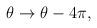
LaTeX: \begin{align*}\theta \rightarrow \theta - 4\pi,\end{align*}